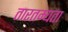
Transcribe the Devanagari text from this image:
तारतम्‍यता